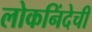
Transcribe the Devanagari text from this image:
लोकनिंदेची